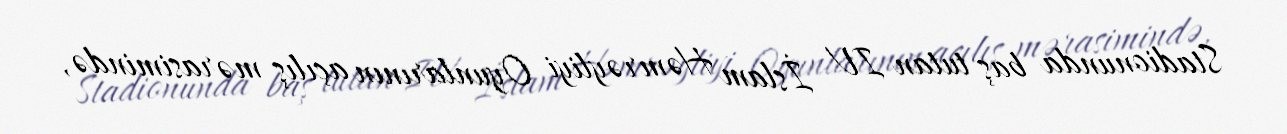
Stadionunda baş tutan IV İslam Həmrəyliyi Oyunlarının açılış mərasimində,